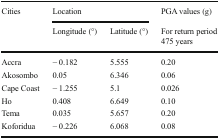
<table><thead><tr><td rowspan="2"><b>Cities</b></td><td colspan="2"><b>Location</b></td><td><b>PGA values (g)</b></td></tr><tr><td><b>Longitude (°)</b></td><td><b>Latitude (°)</b></td><td><b>For return period475 years</b></td></tr></thead><tbody><tr><td>Accra</td><td>− 0.182</td><td>5.555</td><td>0.20</td></tr><tr><td>Akosombo</td><td>0.05</td><td>6.346</td><td>0.06</td></tr><tr><td>Cape Coast</td><td>− 1.255</td><td>5.1</td><td>0.026</td></tr><tr><td>Ho</td><td>0.408</td><td>6.649</td><td>0.10</td></tr><tr><td>Tema</td><td>0.035</td><td>5.657</td><td>0.20</td></tr><tr><td>Koforidua</td><td>− 0.226</td><td>6.068</td><td>0.08</td></tr></tbody></table>